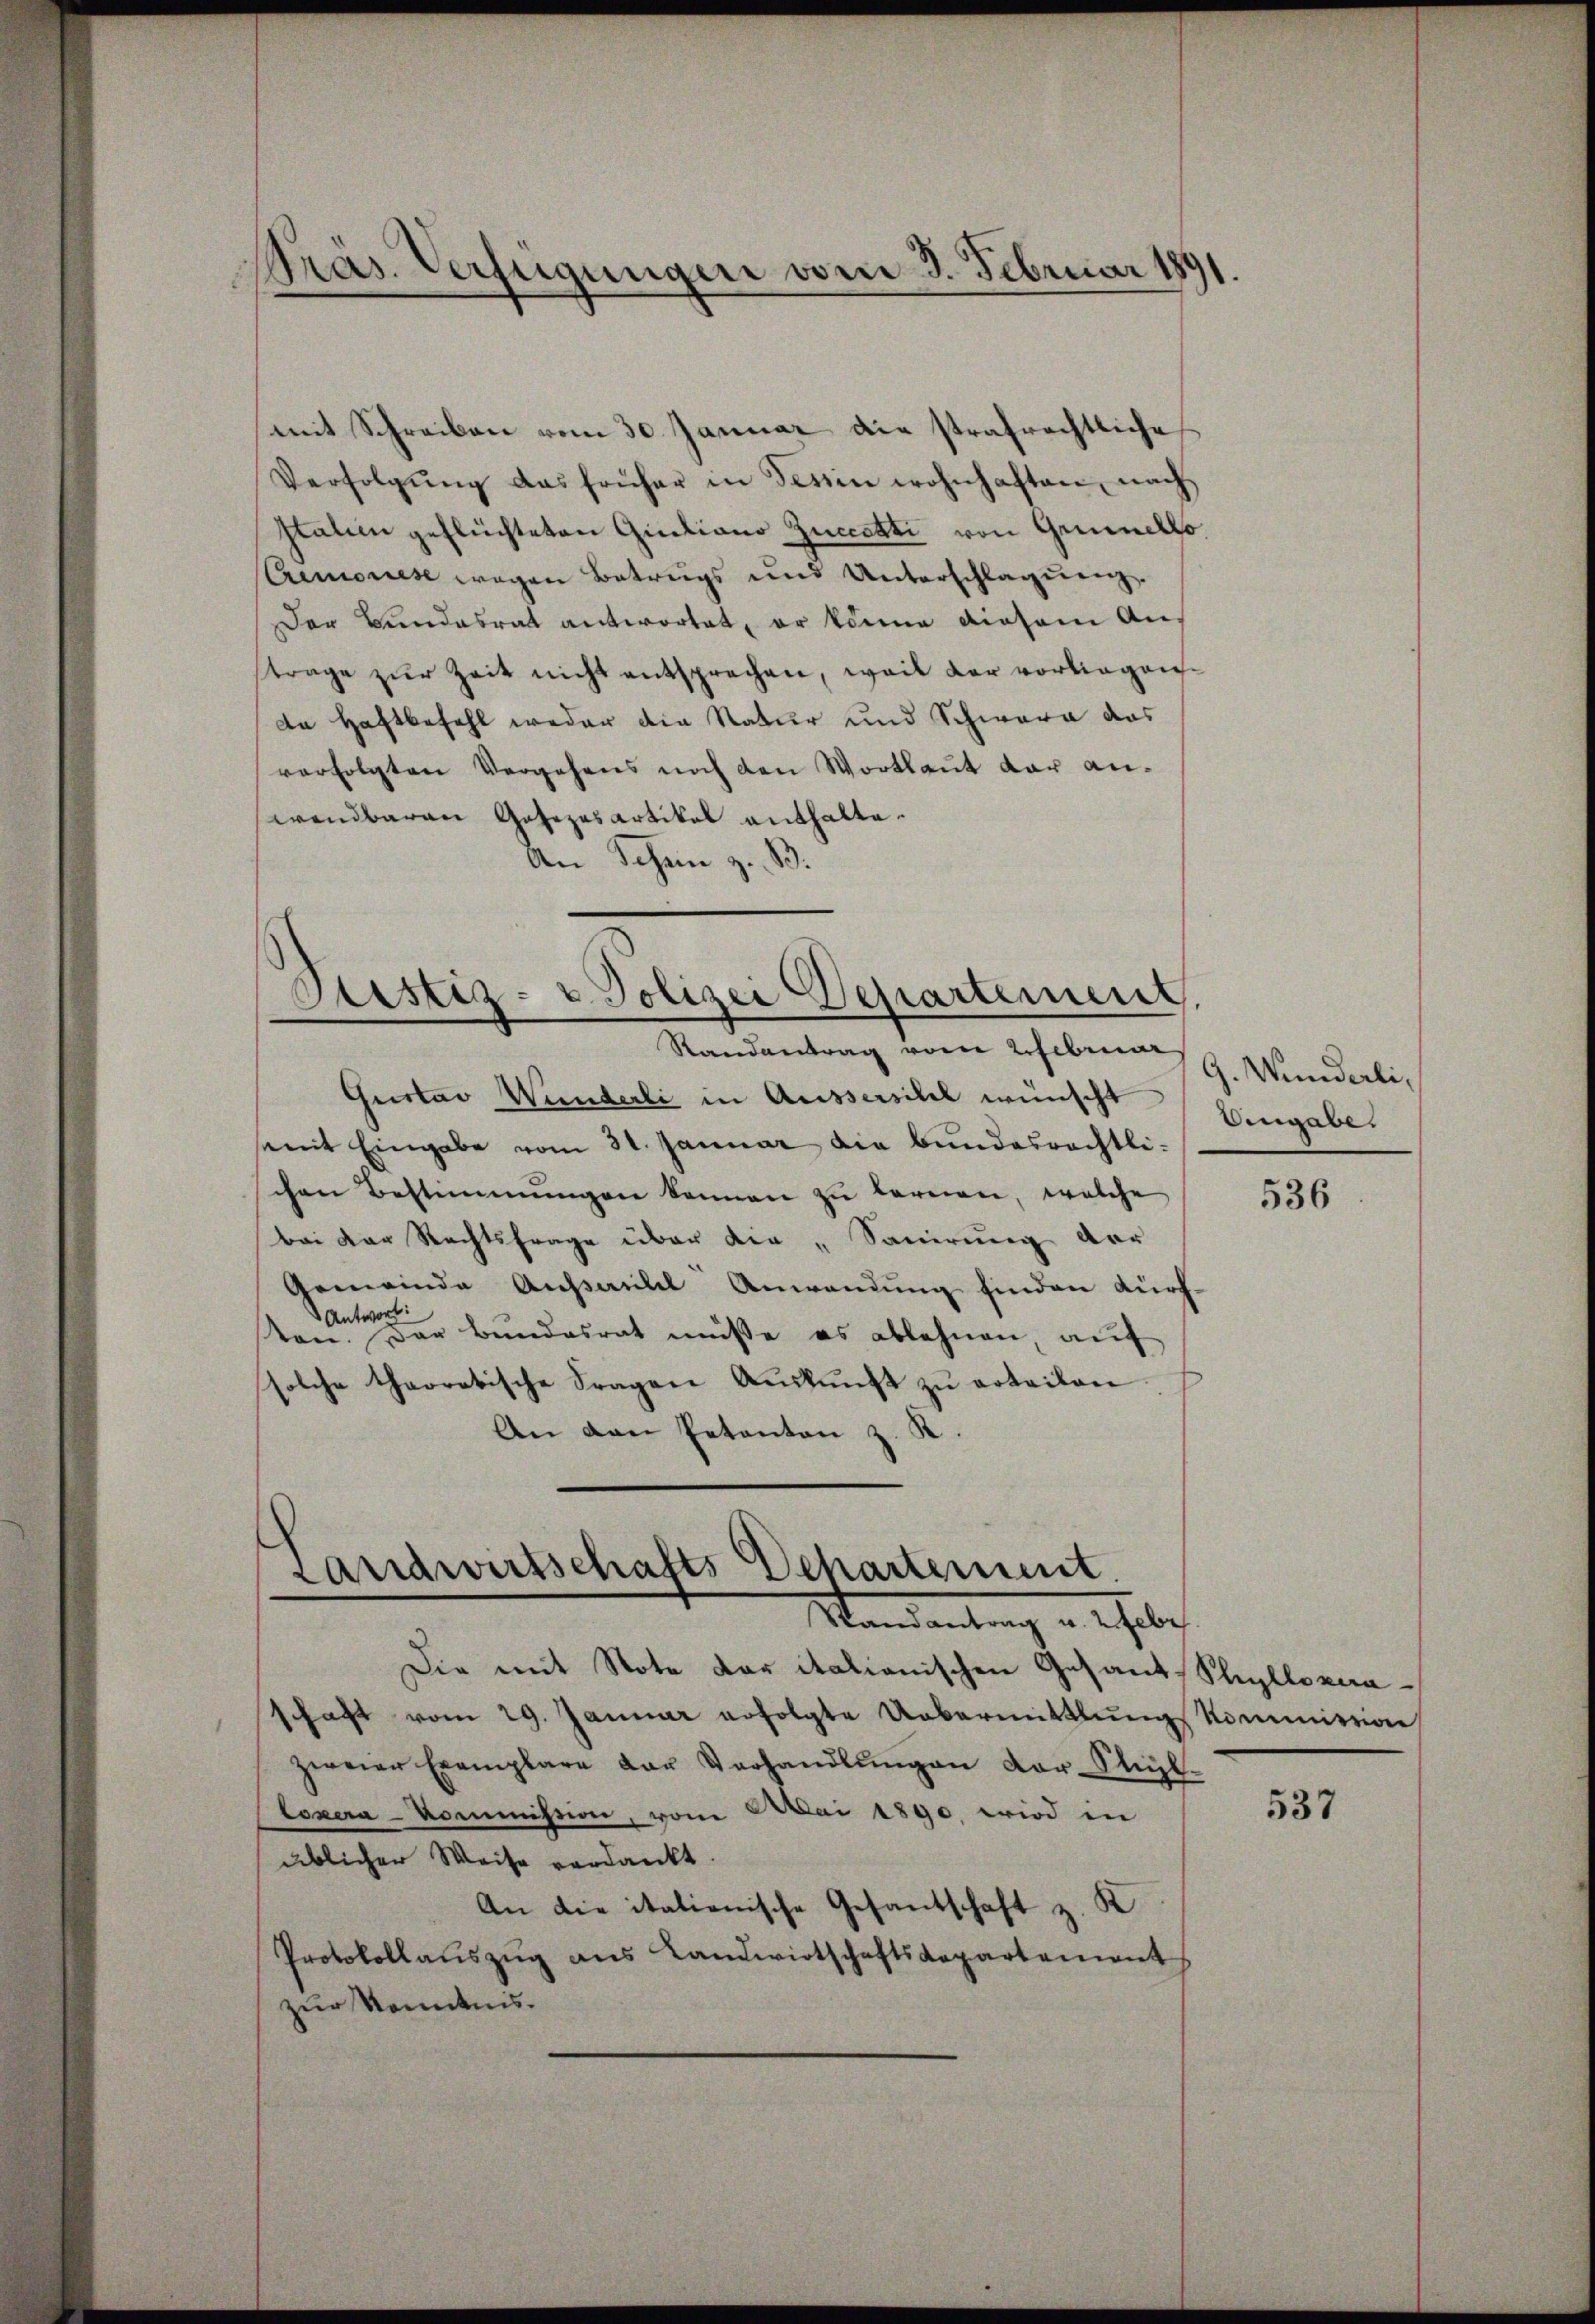
Präs. Verfügungen vom 3. Februar 1891.
i

mit Schreiben vom 30. Januar die strafrechtliche
Verfolgŭng das früher in Tessin wohnhaften, nach
Italien geflüchteten Quaiano Zuccetti von Grundlo
Cremonese wegen Betrugs und Unterschlagung.
Der Bundesrat antwortet, er könne diesem Anftrage zŭr Zeit nicht entsprechen, weil der vorliegen
de Haftbefehl weder die Natur und Schwere das
verfolgten Vergehens noch den Wortlaut dar anwendbaren Gesezesartikel enthalte.
An Schein z. B.

Dustiz- u Polizei Departement.

Randantrag vom 2 Februar 9. Wunderli¬
Gustav Wunderli in Aussersihl wünscht
mit Eingabe vom 31. Januar die Bundesrechtlischen Bestimmungen können zu tarnen, welche
Bei der Rechtsfrage über die „Sauirung der
Gemeinde Aussaulel Anwendung finden durch-
Antwort:
ton. Der Bundesrat müsse es ablehnen, auf
solche theoretische Fragen Aŭskŭnft zŭ erteilen
An den Petenten z. K.

Landwirtschafts Departement
Mandantrag u. hebe

Die mit Note dar italienischen Gesand-Phyllognaschaft vom 29. Januar erfolgte Uebermittlung kommission
zweier Exemplare der Verhandlŭngen Vor-Stühl.
Loxera-Kommission, vom Amai 1890 wird in
üblicher Weise verdankt.
An die italienische Gesantschaft z. K
Protokollaŭszŭg ans Landwirtschaftsdepartement
zur Kenntnis.

Angabe.

536

537